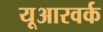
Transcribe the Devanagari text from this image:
यूआरवर्क